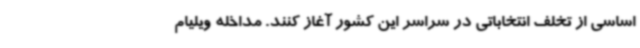
اساسی از تخلف انتخاباتی در سراسر این کشور آغاز کنند. مداخله ویلیام